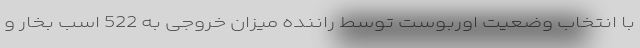
با انتخاب وضعیت اوربوست توسط راننده میزان خروجی به 522 اسب بخار و